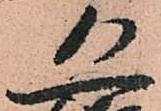
恐